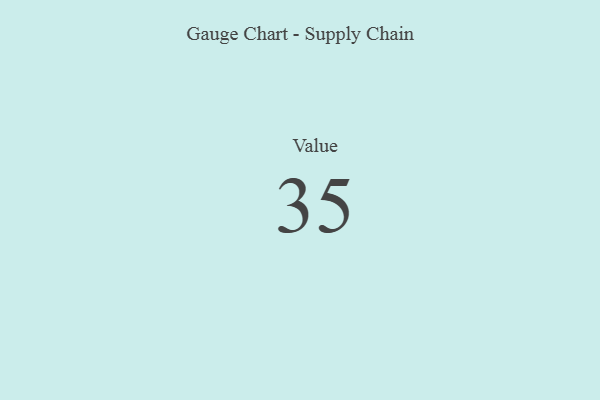
{"axis": {"x": "Metric", "y": "Value"}, "legend": [""], "data": [{"x": "Value", "y": 35, "type": ""}]}